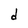
Character: d